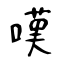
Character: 嘆